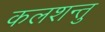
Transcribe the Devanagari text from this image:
कलशन्तु